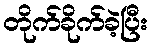
တိုက်ခိုက်ခဲ့ပြီး